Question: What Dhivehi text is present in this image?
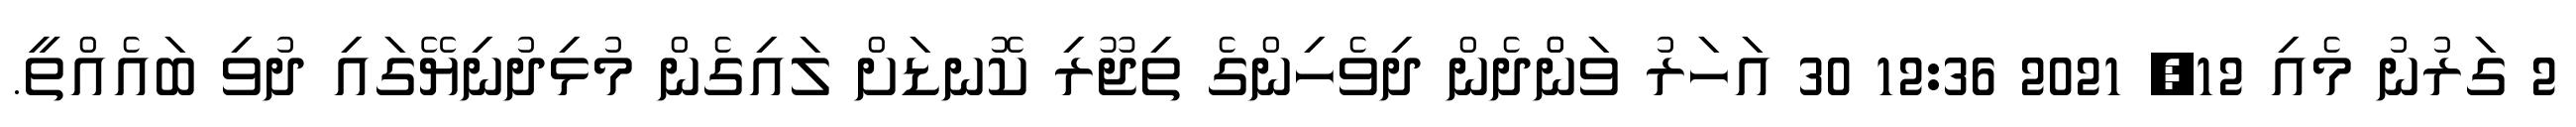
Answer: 2 ގަރުނު މެއި 12, 2021 12:36 30 އަހަރު ވަންްދެން ދިވެހިންގެ ތިޖޫރި ކޮނޑަށް ލައިގެން މުޅިދުނިޔޭގައި ދުވި ބައެއްތީ.